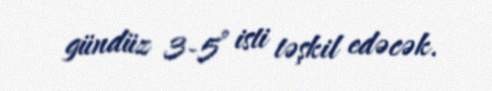
gündüz 3-5° isti təşkil edəcək.